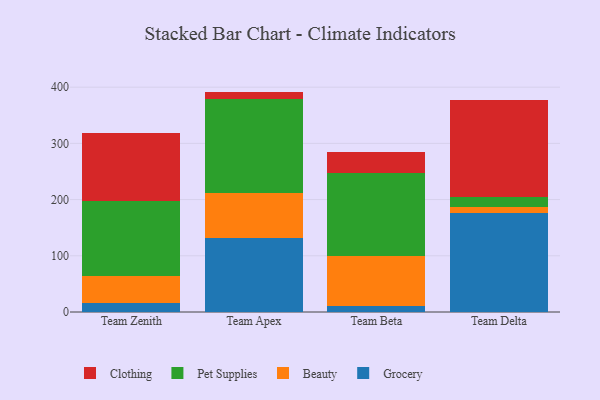
{"axis": {"x": "Team", "y": "Waste Production (Tons)"}, "legend": ["Beauty", "Clothing", "Grocery", "Pet Supplies"], "data": [{"x": "Team Zenith", "y": 15.9, "type": "Grocery"}, {"x": "Team Zenith", "y": 48.7, "type": "Beauty"}, {"x": "Team Zenith", "y": 133.2, "type": "Pet Supplies"}, {"x": "Team Zenith", "y": 120.5, "type": "Clothing"}, {"x": "Team Apex", "y": 131.9, "type": "Grocery"}, {"x": "Team Apex", "y": 80.2, "type": "Beauty"}, {"x": "Team Apex", "y": 166.3, "type": "Pet Supplies"}, {"x": "Team Apex", "y": 13.7, "type": "Clothing"}, {"x": "Team Beta", "y": 10.6, "type": "Grocery"}, {"x": "Team Beta", "y": 88.5, "type": "Beauty"}, {"x": "Team Beta", "y": 148.1, "type": "Pet Supplies"}, {"x": "Team Beta", "y": 37.4, "type": "Clothing"}, {"x": "Team Delta", "y": 175.8, "type": "Grocery"}, {"x": "Team Delta", "y": 11.7, "type": "Beauty"}, {"x": "Team Delta", "y": 17.0, "type": "Pet Supplies"}, {"x": "Team Delta", "y": 172.7, "type": "Clothing"}]}